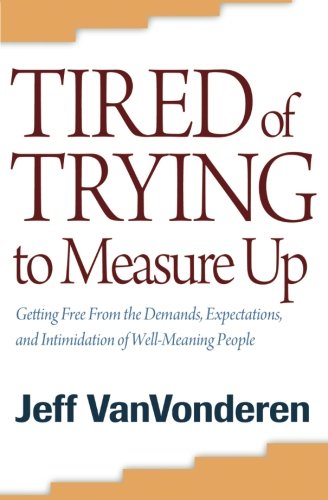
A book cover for Tired of Trying to Measure Up: Getting Free from the Demands, Expectations, and Intimidation of Well-Meaning People; Jeff VanVonderen; Christian Books & Bibles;